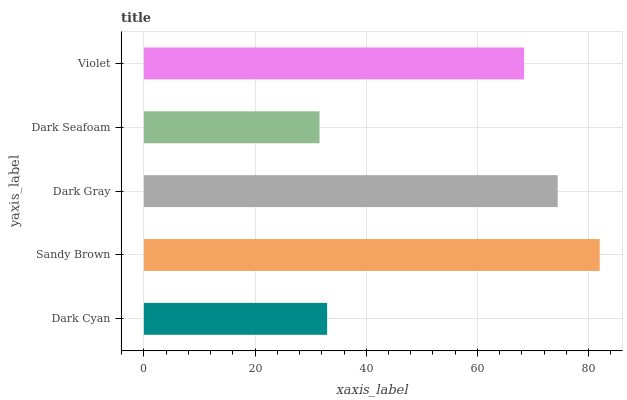
| yaxis_label | bars |
 | --- | --- |
 | Dark Cyan | 33 |
 | Sandy Brown | 82 |
 | Dark Gray | 74.4 |
 | Dark Seafoam | 31.6 |
 | Violet | 68.4 |